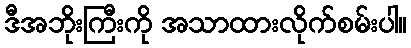
ဒီအဘိုးကြီးကို အသာထားလိုက်စမ်းပါ။